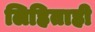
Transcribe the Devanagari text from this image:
लिहिताही